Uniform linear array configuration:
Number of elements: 64
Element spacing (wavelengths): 0.25
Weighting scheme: blackman
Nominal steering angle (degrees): -30
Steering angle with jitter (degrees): -28.947
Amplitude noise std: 0.05
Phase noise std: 0.05

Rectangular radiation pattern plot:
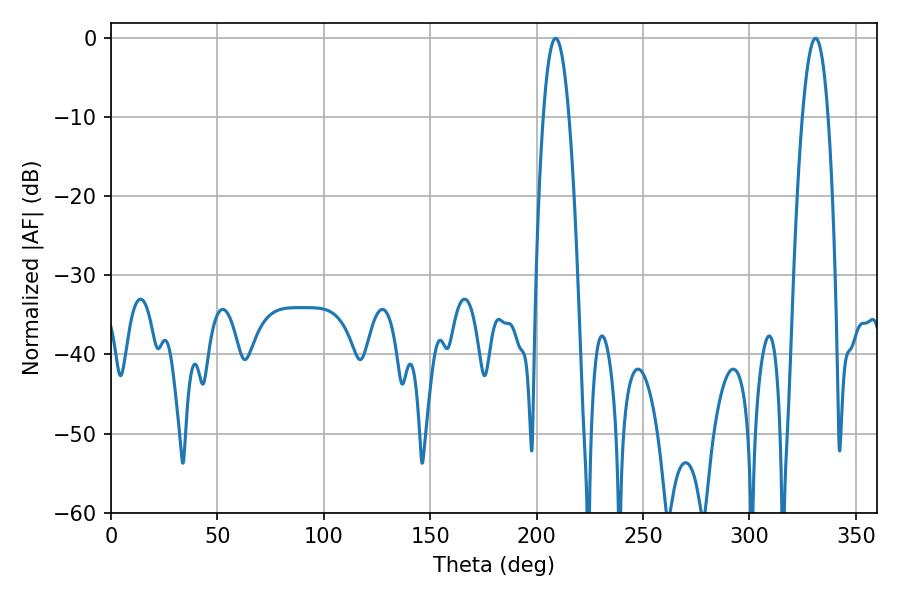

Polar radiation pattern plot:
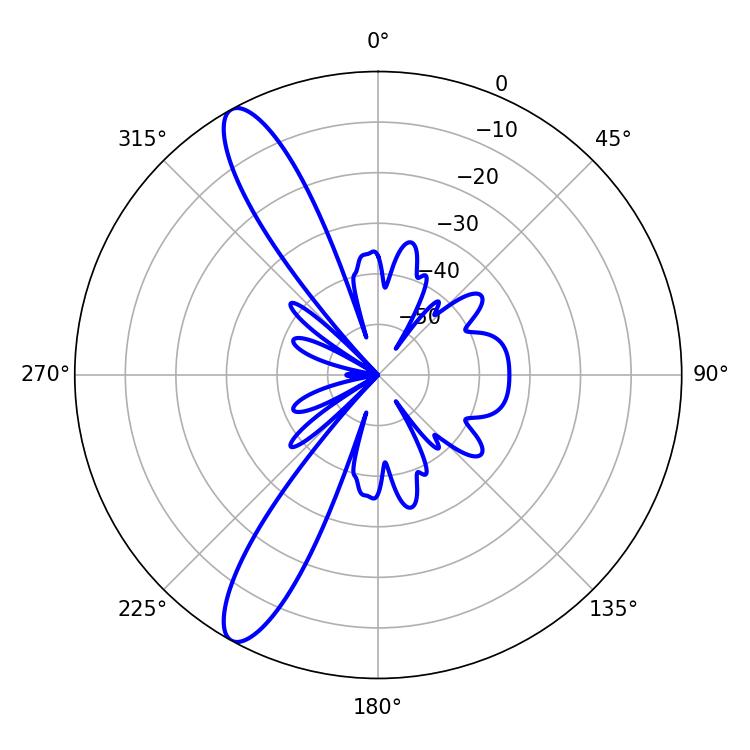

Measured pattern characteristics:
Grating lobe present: FALSE
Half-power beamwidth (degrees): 6.48
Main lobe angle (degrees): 208.98